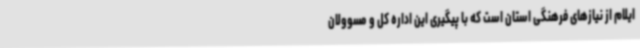
ایلام از نیازهای فرهنگی استان است که با پیگیری این اداره کل و مسوولان